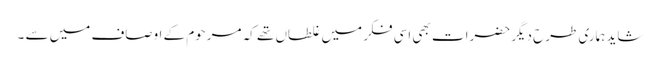
شاید ہماری طرح دیگر حضرات بھی اسی فکر میں غلطاں تھے کہ مرحوم کے اوصاف میں سے ۔